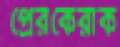
প্রেরকেরাক